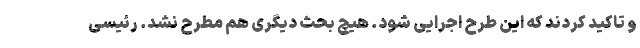
و تاکید کردند که این طرح اجرایی شود. هیچ بحث دیگری هم مطرح نشد. رئیسی